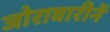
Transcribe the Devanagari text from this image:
जोरावारीनें